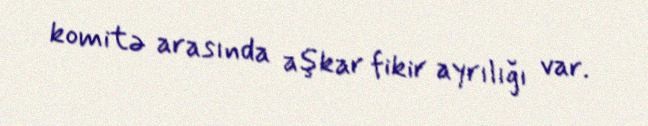
komitə arasında aşkar fikir ayrılığı var.